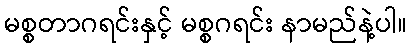
မစ္စတာဂရင်းနှင့် မစ္စဂရင်း နာမည်နဲ့ပါ။